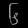
Digit: ၆